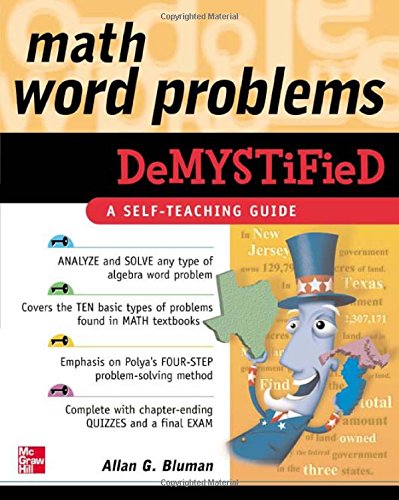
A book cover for Math Word Problems Demystified; Allan Bluman; Science & Math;